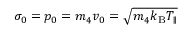
\sigma _ { 0 } = p _ { 0 } = m _ { 4 } v _ { 0 } = \sqrt { m _ { 4 } k _ { \mathrm { B } } T _ { \parallel } }